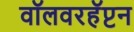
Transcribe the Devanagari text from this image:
वॉलवरहॅप्टन